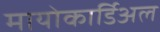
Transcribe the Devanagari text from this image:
मायोकार्डिअल